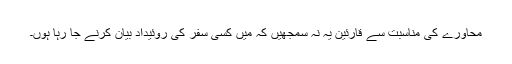
محاورے کی مناسبت سے قارئین یہ نہ سمجھیں کہ میں کسی سفر کی روئیداد بیان کرنے جا رہا ہوں۔